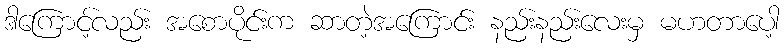
ဒါကြောင့်လည်း အစောပိုင်းက ဆာတဲ့အကြောင်း နည်းနည်းလေးမှ မဟတာပေါ့